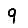
Digit: 9